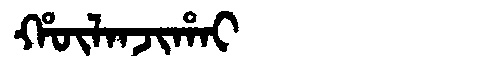
Manchu: ᡥᡡᠯᠠᠨᠵᡳᡥᠠᡳ
Romanization: HŪLANJIHAI